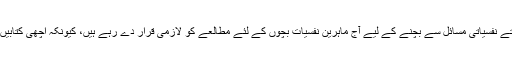
بچوں کو مطالعے کی طرف راغب کرنا کٹھن کام بن گیا ہے، حالانکہ موجودہ دور میں بڑھتے نفسیاتی مسائل سے بچنے کے لیے آج ماہرین نفسیات بچوں کے لئے مطالعے کو لازمی قرار دے رہے ہیں، کیونکہ اچھی کتابیں شعور کو جِلا بخشنے کے ساتھ ساتھ بچوں کو بہت سے فضول مشغلوں سے بھی بچاتی ہیں۔